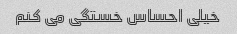
خیلی احساس خستگی می کنم